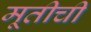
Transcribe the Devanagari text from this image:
मूतीची